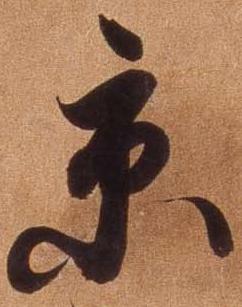
京